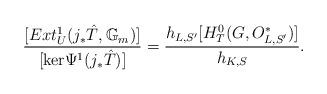
LaTeX: \begin{align*}\frac{[Ext^1_{U}(j_{*}\hat{T},\mathbb{G}_m)]}{[\mathrm{ker}\Psi^1(j_{*}\hat{T})]}=\frac{h_{L,S'}[H^0_T(G,O_{L,S'}^{*})]}{h_{K,S}}.\end{align*}